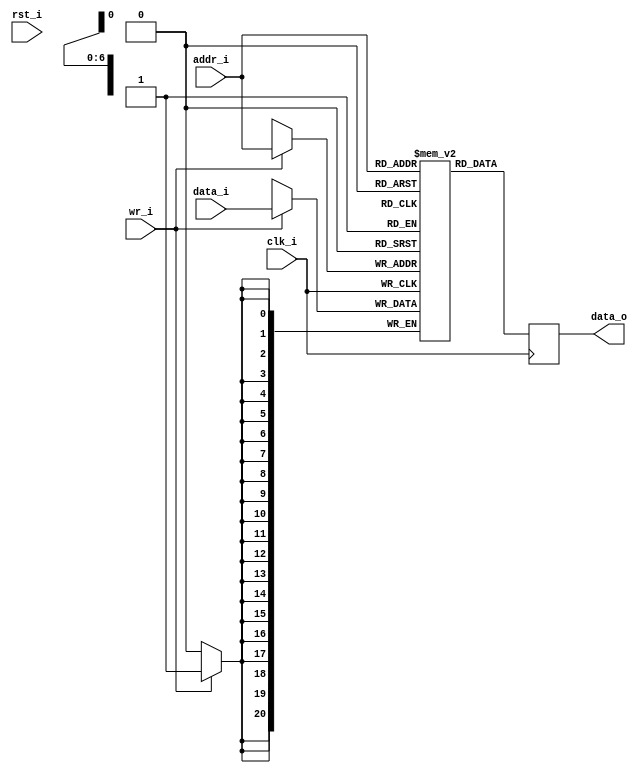
//-----------------------------------------------------------------
//                          MPX Core
//                            V0.1
//                   github.com/ultraembedded
//                       Copyright 2020
//
//                   admin@ultra-embedded.com
//
//                     License: Apache 2.0
//-----------------------------------------------------------------
// Copyright 2020 Ultra-Embedded.com
// 
// Licensed under the Apache License, Version 2.0 (the "License");
// you may not use this file except in compliance with the License.
// You may obtain a copy of the License at
// 
//     http://www.apache.org/licenses/LICENSE-2.0
// 
// Unless required by applicable law or agreed to in writing, software
// distributed under the License is distributed on an "AS IS" BASIS,
// WITHOUT WARRANTIES OR CONDITIONS OF ANY KIND, either express or implied.
// See the License for the specific language governing permissions and
// limitations under the License.
//-----------------------------------------------------------------
module icache_tag_ram
(
    // Inputs
     input           clk_i
    ,input           rst_i
    ,input  [  6:0]  addr_i
    ,input  [ 20:0]  data_i
    ,input           wr_i

    // Outputs
    ,output [ 20:0]  data_o
);




//-----------------------------------------------------------------
// Single Port RAM 0KB
// Mode: Read First
//-----------------------------------------------------------------
reg [20:0]   ram [127:0] /*verilator public*/;
reg [20:0]   ram_read_q;


// Synchronous write
always @ (posedge clk_i)
begin
    if (wr_i)
        ram[addr_i] <= data_i;
    ram_read_q <= ram[addr_i];
end

assign data_o = ram_read_q;


endmodule